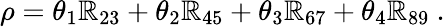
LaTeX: \rho=\theta_{1}\mathbb{R}_{23}+\theta_{2}\mathbb{R}_{45}+\theta_{3}\mathbb{R}_{67}+\theta_{4}\mathbb{R}_{89}~.